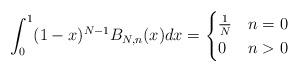
LaTeX: \begin{align*}\int_0^1 (1-x)^{N-1}B_{N,n}(x)dx=\begin{cases}\frac{1}{N} & n=0 \\ 0 & n>0\end{cases}\end{align*}